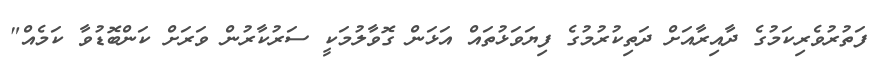
ފަތުރުވެރިކަމުގެ ދާއިރާއަށް ދަތިކުރުމުގެ ފިޔަވަޅުތައް އަޅަން ގޮވާލުމަކީ ސަރުކާރުން ވަރަށް ކަންބޮޑުވާ ކަމެއް"